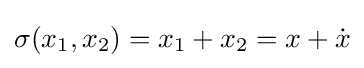
\sigma (x_{1},x_{2})=x_{1}+x_{2}=x+{\dot {x}}